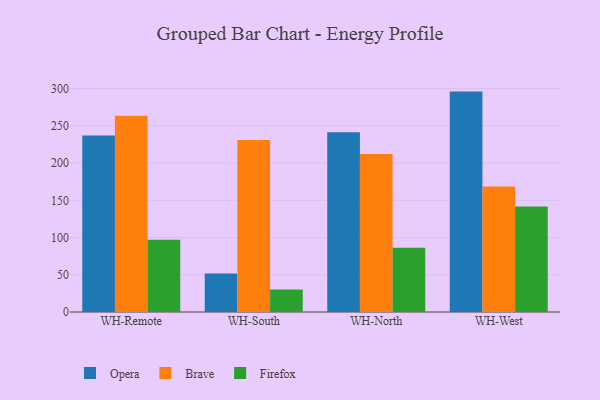
{"axis": {"x": "Warehouse", "y": "Operating Costs (USD K)"}, "legend": ["Brave", "Firefox", "Opera"], "data": [{"x": "WH-Remote", "y": 237.2, "type": "Opera"}, {"x": "WH-Remote", "y": 263.4, "type": "Brave"}, {"x": "WH-Remote", "y": 97.2, "type": "Firefox"}, {"x": "WH-South", "y": 51.7, "type": "Opera"}, {"x": "WH-South", "y": 230.9, "type": "Brave"}, {"x": "WH-South", "y": 30.2, "type": "Firefox"}, {"x": "WH-North", "y": 241.4, "type": "Opera"}, {"x": "WH-North", "y": 212.2, "type": "Brave"}, {"x": "WH-North", "y": 86.3, "type": "Firefox"}, {"x": "WH-West", "y": 296.0, "type": "Opera"}, {"x": "WH-West", "y": 168.5, "type": "Brave"}, {"x": "WH-West", "y": 141.6, "type": "Firefox"}]}